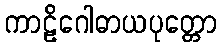
ကာဠိဂေါဓာယပုတ္တော